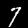
Digit: 7